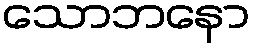
သောဘနော